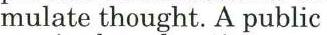
mulate thought. A public